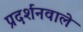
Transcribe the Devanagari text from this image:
प्रदर्शनवाले